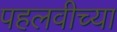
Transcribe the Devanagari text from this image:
पहलवीच्या